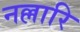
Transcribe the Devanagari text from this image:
नल्लारि